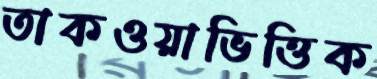
তাকওয়াভিত্তিক